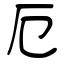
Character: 厄